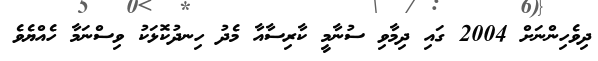
ދިވެހިންނަށް 2004 ގައި ދިމާވި ސުނާމީ ކާރިސާއާ މެދު ހިނދުކޮޅަކު ވިސްނަމާ ހެއްޔެވެ